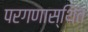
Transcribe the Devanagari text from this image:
परगणास्थित